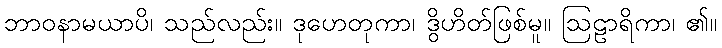
ဘာဝနာမယာပိ၊ သည်လည်း။ ဒုဟေတုကာ၊ ဒွိဟိတ်ဖြစ်မူ။ ဩဠာရိကာ၊ ၏။